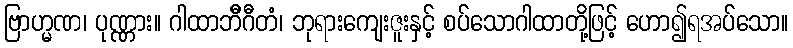
ဗြာဟ္မဏ၊ ပုဏ္ဏား။ ဂါထာဘိီဂီတံ၊ ဘုရားကျေးဇူးနှင့် စပ်သောဂါထာတို့ဖြင့် ဟော၍ရအပ်သော။